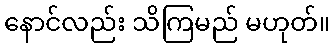
နောင်လည်း သိကြမည် မဟုတ်။